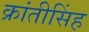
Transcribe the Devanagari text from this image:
क्रांतीसिंह